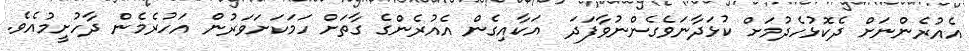
އެއުރެންނަށް ދެކޮޅުހެދުމަށް ކުޅަދާނަވެގެންނުވާފަދަ  އަކާއިގެން އެއުރެންގެ ގާތަށް ހަމަކަށަވަރުން އަހުރެމެން ދާހުށީމުއެވެ.